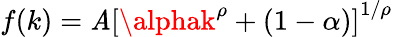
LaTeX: f(k)=\mathit{A}\left[\alphak^{\rho}+(1-\alpha)\right]^{1/\rho}